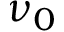
\nu _ { 0 }